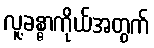
လူ့ခန္ဓာကိုယ်အတွက်